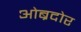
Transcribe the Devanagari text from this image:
ओब्रदोर